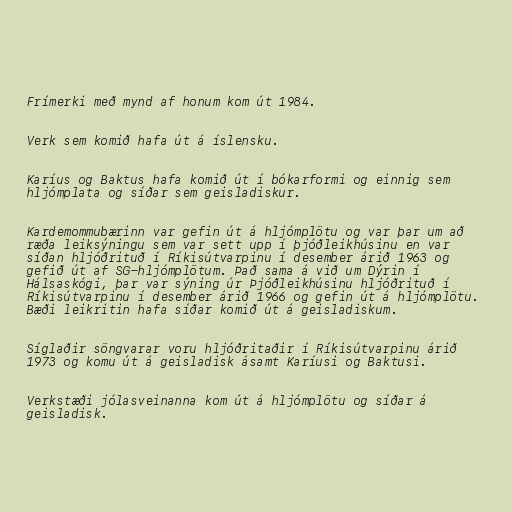
Frímerki með mynd af honum kom út 1984.

Verk sem komið hafa út á íslensku.

Karíus og Baktus hafa komið út í bókarformi og einnig sem
hljómplata og síðar sem geisladiskur.

Kardemommubærinn var gefin út á hljómplötu og var þar um að
ræða leiksýningu sem var sett upp í þjóðleikhúsinu en var
síðan hljóðrituð í Ríkisútvarpinu í desember árið 1963 og
gefið út af SG-hljómplötum. Það sama á við um Dýrin í
Hálsaskógi, þar var sýning úr Þjóðleikhúsinu hljóðrituð í
Ríkisútvarpinu í desember árið 1966 og gefin út á hljómplötu.
Bæði leikritin hafa síðar komið út á geisladiskum.

Síglaðir söngvarar voru hljóðritaðir í Ríkisútvarpinu árið
1973 og komu út á geisladisk ásamt Karíusi og Baktusi.

Verkstæði jólasveinanna kom út á hljómplötu og síðar á
geisladisk.